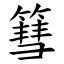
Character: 篲